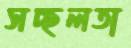
সচ্ছলতা